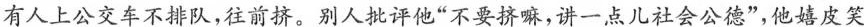
有人上公交车不排队，往前挤。别人批评他”不要挤嘛，讲一点儿社会公德”，他嬉皮笑